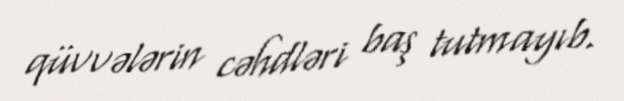
qüvvələrin cəhdləri baş tutmayıb.